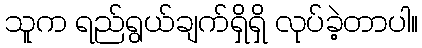
သူက ရည်ရွယ်ချက်ရှိရှိ လုပ်ခဲ့တာပါ။